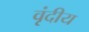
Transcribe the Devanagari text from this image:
वृंदीय